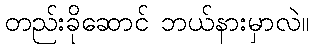
တည်းခိုဆောင် ဘယ်နားမှာလဲ။